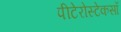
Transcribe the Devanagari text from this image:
पीटेरोस्टेकसॉ